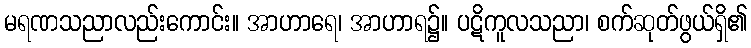
မရဏသညာလည်းကောင်း။ အာဟာရေ၊ အာဟာရ၌။ ပဋိကူလသညာ၊ စက်ဆုတ်ဖွယ်ရှိ၏